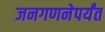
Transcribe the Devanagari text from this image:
जनगणनेपर्यंत